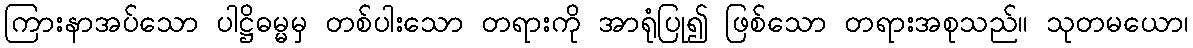
ကြားနာအပ်သော ပါဋ္ဌိဓမ္မမှ တစ်ပါးသော တရားကို အာရုံပြု၍ ဖြစ်သော တရားအစုသည်။ သုတမယော၊